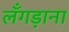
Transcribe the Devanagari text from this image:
लँगड़ाना